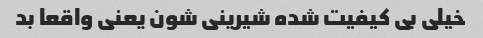
خیلی بی کیفیت شده شیرینی شون یعنی واقعا بد